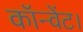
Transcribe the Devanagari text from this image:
कॉन्वेंट।